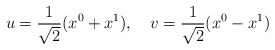
\begin{align*}u=\frac 1{\sqrt{2}}(x^0+x^1),\quad v=\frac 1{\sqrt{2}}(x^0-x^1)\end{align*}